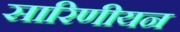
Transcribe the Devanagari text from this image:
सारिणीयन